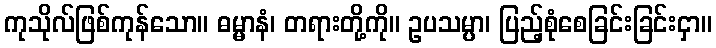
ကုသိုလ်ဖြစ်ကုန်သော။ ဓမ္မာနံ၊ တရားတို့ကို။ ဥပသမ္ပာ၊ ပြည့်စုံစေခြင်းခြင်းငှာ။